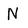
Character: N